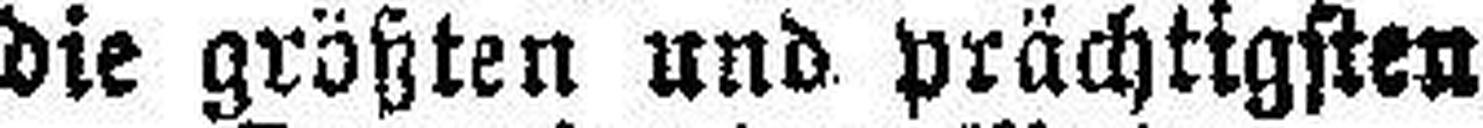
die größten und prächtigsten